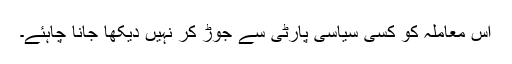
اس معاملہ کو کسی سیاسی پارٹی سے جوڑ کر نہیں دیکھا جانا چاہئے۔